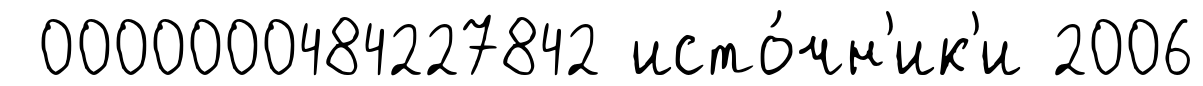
0000000484227842 исто́чн'ик'и 2006